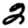
Digit: 2